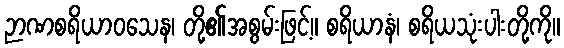
ဉာဏစရိယာဝသေန၊ တို့၏အစွမ်းဖြင့်။ စရိယာနံ၊ စရိယသုံးပါးတို့ကို။